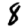
Digit: 8